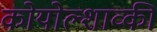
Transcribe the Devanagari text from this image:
कोयोल्शाव्की